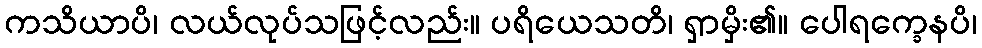
ကသိယာပိ၊ လယ်လုပ်သဖြင့်လည်း။ ပရိယေသတိ၊ ရှာမှိး၏။ ပေါရက္ခေနပိ၊